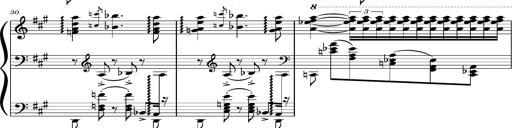
Title: Concerto sans orchestre, S.524a
Composer: Franz Liszt
Key: A major